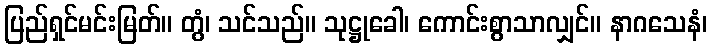
ပြည်ရှင်မင်းမြတ်။ တွံ၊ သင်သည်။ သုဋ္ဌုခေါ၊ ကောင်းစွာသာလျှင်။ နာဂသေနံ၊